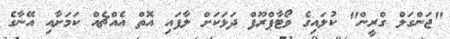
"ޖަންގަލް ގްރީން" ކުލައިގެ ވޯޓާޕްރޫފް ދަޅަކަށް ލާފައި އޮތް އެއްޗެއް ކަމަށާއި އޭނާގެ